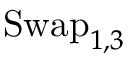
\operatorname { S w a p } _ { 1 , 3 }